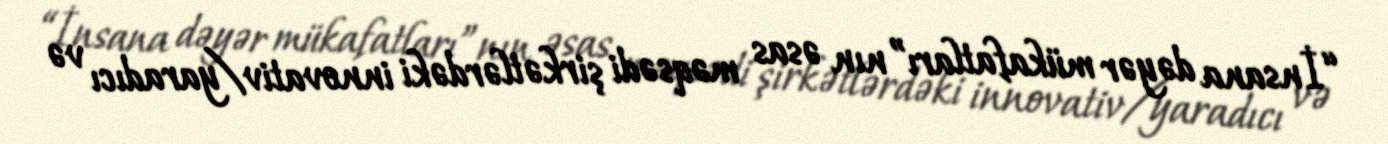
“İnsana dəyər mükafatları”nın əsas məqsədi şirkətlərdəki innovativ/yaradıcı və